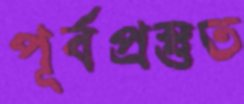
পূর্বপ্রস্তুত